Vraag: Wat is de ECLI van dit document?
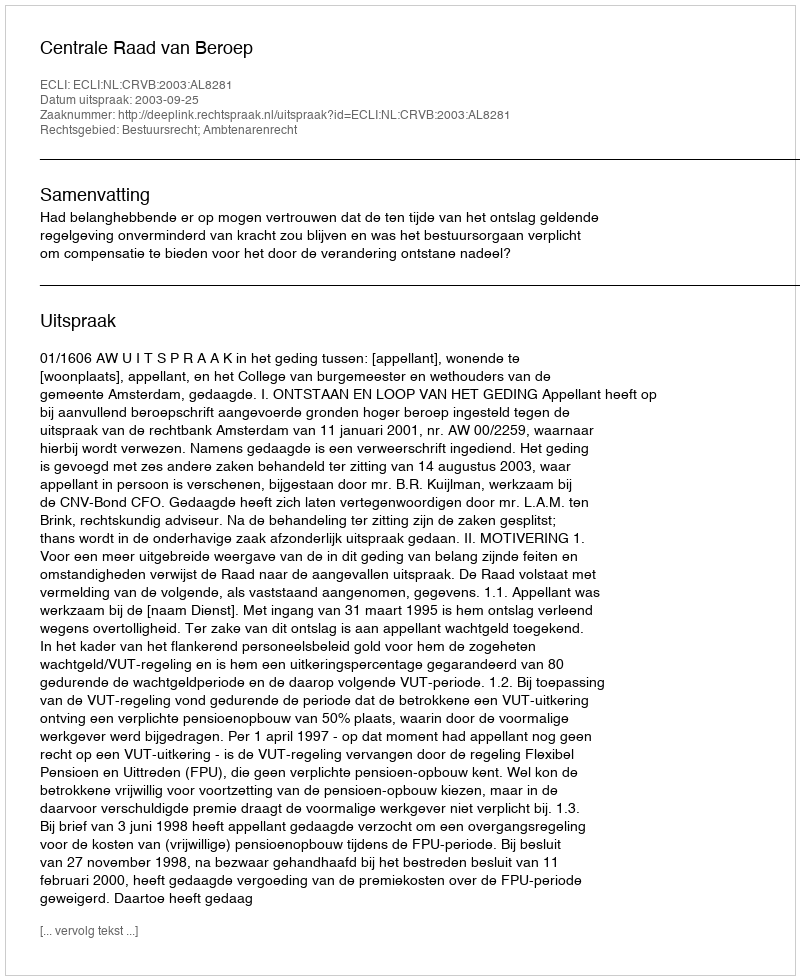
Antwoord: ECLI:NL:CRVB:2003:AL8281